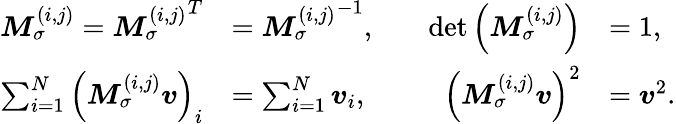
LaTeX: \begin{array}{rlrl}{\boldsymbol{M}_{\sigma}^{(i,j)}={\boldsymbol{M}_{\sigma}^{(i,j)}}^{T}}&{={\boldsymbol{M}_{\sigma}^{(i,j)}}^{-1},\quad}&{\operatorname*{det}\left(\boldsymbol{M}_{\sigma}^{(i,j)}\right)}&{=1,}\\ {\sum_{i=1}^{N}\left(\boldsymbol{M}_{\sigma}^{(i,j)}\boldsymbol{v}\right)_{i}}&{=\sum_{i=1}^{N}\boldsymbol{v}_{i},\quad}&{\left(\boldsymbol{M}_{\sigma}^{(i,j)}\boldsymbol{v}\right)^{2}}&{=\boldsymbol{v}^{2}.}\end{array}